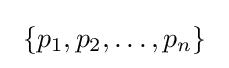
\ \{p_{1},p_{2},\ldots ,p_{n}\}\